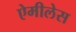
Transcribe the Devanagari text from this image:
ऐमीलेस